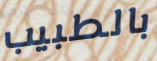
بالطبيب